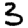
Digit: 3